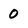
Character: 0